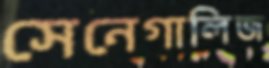
সেনেগালিজ